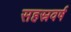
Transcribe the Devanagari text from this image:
सहस्रवर्ष